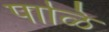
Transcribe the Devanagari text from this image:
पाळि